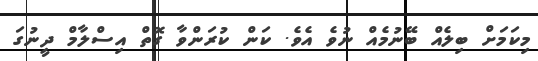
މިކަމަށް ބިލެއް ބޭނުމެއް ނުވެ އެވެ. ކަން ކުރަންވާ ގޮތް އިސްލާމް ދީނުގަ